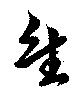
隹